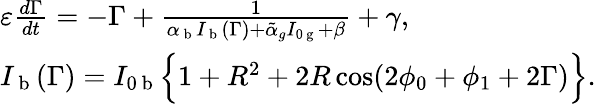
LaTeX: \begin{array}{l}{\varepsilon\frac{d\Gamma}{dt}=-\Gamma+\frac{1}{\alpha_{\mathrm{~b~}}I_{\mathrm{~b~}}(\Gamma)+\tilde{\alpha}_{g}I_{0\mathrm{~g~}}+\beta}+\gamma,}\\ {I_{\mathrm{~b~}}(\Gamma)=I_{0\mathrm{~b~}}\Big\{ 1+R^{2}+2R\cos(2\phi_{0}+\phi_{1}+2\Gamma)\Big\} .}\end{array}